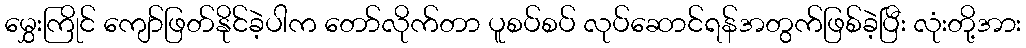
မွှေးကြိုင် ကျော်ဖြတ်နိုင်ခဲ့ပါက တော်လိုက်တာ ပူစပ်စပ် လုပ်ဆောင်ရန်အတွက်ဖြစ်ခဲ့ပြီး လုံးတို့အား